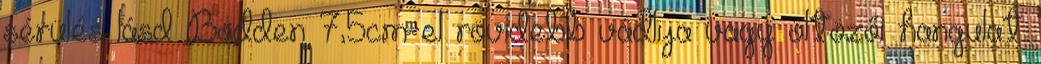
sérülés lásd Bodden 7,5cm-el rövidebb vádlija vagy öltözői hangulat